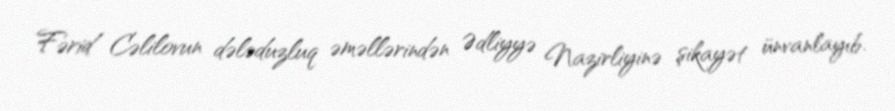
Fərid Cəlilovun dələduzluq əməllərindən Ədliyyə Nazirliyinə şikayət ünvanlayıb.